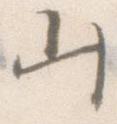
山